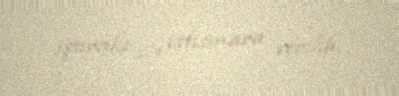
iştirakı ilə istismara verilib.